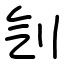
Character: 刏